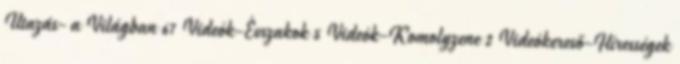
Utazás- a Világban 67 Videók-Évszakok 5 Videók-Komolyzene 2 Videókereső-Hírességek